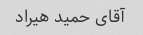
آقای حمید هیراد